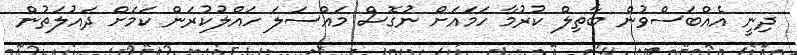
ދިނީ އެއްބަސްވުން ބާތިލް ކުރުމާ ހަމައަށް ނުގޮސް މައްސަލަ ހައްލުކުރަން ކަމަށް ދައުލަތުން